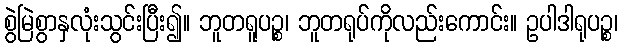
စွဲမြဲစွာနှလုံးသွင်းပြီး၍။ ဘူတရူပဉ္စ၊ ဘူတရုပ်ကိုလည်းကောင်း။ ဥပါဒါရုပဉ္စ၊